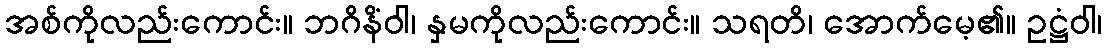
အစ်ကိုလည်းကောင်း။ ဘဂိနိံဝါ၊ နှမကိုလည်းကောင်း။ သရတိ၊ အောက်မေ့၏။ ဥဋ္ဌံဝါ၊